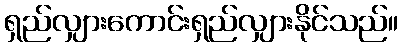
ရှည်လျှားကောင်းရှည်လျှားနိုင်သည်။